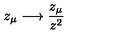
z _ { \mu } \longrightarrow \frac { z _ { \mu } } { z ^ { 2 } }